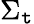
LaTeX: \Sigma_{\mathtt{t}}